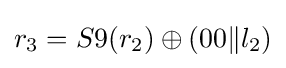
r_{3}=S9(r_{2})\oplus (00\|l_{2})